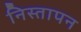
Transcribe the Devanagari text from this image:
निस्तापन